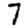
Digit: 7